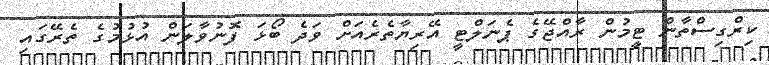
ކިރްގިސްތާން ޓީމުން ރާއްޖޭގެ ޕެނަލްޓީ އޭރިޔާތެރެއަށް ވަދެ ބޯޅަ ފޮނުވާލަން އުޅުމުގެ ތެރޭގައި